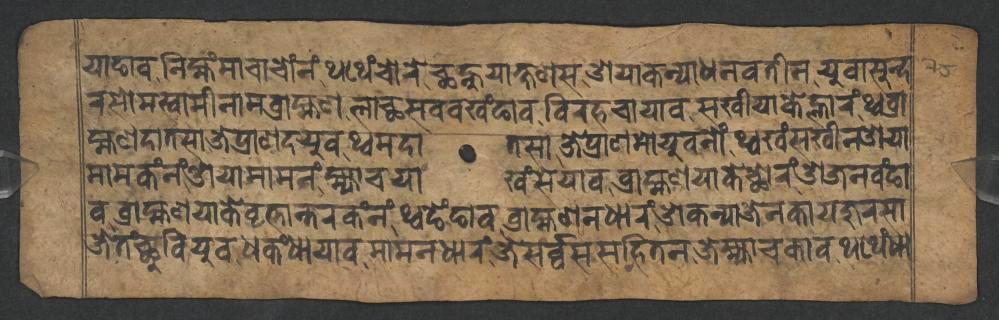
𑐫𑐵𑐒𑐵𑐰𑐣𑐶𑐩𑑂𑐴𑑄𑐩𑐵𑐔𑐵𑐔𑑀𑑄𑐣𑑄𑐠𑐠𑐾𑑄𑐔𑑀𑐬𑐾𑐕𑐣𑑂𑐴𑐸𑐫𑐵𑐎𑑂𑐲𑐞𑐳𑐌𑐫𑐵𑐎𑐣𑑂𑐫𑐵𑐢𑐣𑐰𑐟𑐷𑐣𑐫𑐸𑐰𑐵𑐳𑐸𑐣𑑂𑐡 𑐬𑐳𑑀𑐩𑐳𑑂𑐰𑐵𑐩𑐷𑐣𑐵𑐩𑐧𑑂𑐬𑐵𑐴𑑂𑐩𑐞𑐮𑐵𑐕𑐳𑐰𑐰𑐏𑑄𑐒𑐵𑐰𑐰𑐶𑐬𑐴𑐔𑐵𑐫𑐵𑐰𑐳𑐏𑐷𑐫𑐵𑐎𑐾𑐮𑑂𑐴𑐵𑐬𑑄𑐠𑑂𑐰𑐧𑑂𑐬𑐵 𑐴𑑂𑐩𑐞𑐡𑐵𑐟𑐳𑐵𑐖𑐾𑐥𑑂𑐬𑐵𑐞𑐡𑐫𑐸𑐰𑐠𑑂𑐰𑐩𑐡𑐵𑐟𑐳𑐵𑐖𑐾𑐥𑑂𑐬𑐵𑐞𑐩𑑀𑐫𑐸𑐰𑐣𑑀𑑄𑐠𑑂𑐰𑐏𑑄𑐳𑐏𑐷𑐣𑐌𑐫𑐵 𑐰𑐧𑑂𑐬𑐵𑐴𑑂𑐩𑐞𑐫𑐵𑐎𑐾𑐰𑐺𑐟𑑂𑐟𑐵𑐣𑑂𑐟𑐬𑐎𑑄𑐣𑑄𑐠𑑂𑐰𑐒𑐾𑑄𑐒𑐵𑐰𑐧𑑂𑐬𑐵𑐴𑑂𑐩𑐞𑐣𑐢𑐵𑐬𑑄𑐌𑐎𑐣𑑂𑐫𑐵𑐖𑐾𑐣𑐎𑐵𑐫𑐖𑐸𑐬𑐳𑐵 𑐩𑐵𑐩𑐎𑑄𑐣𑑄𑐌𑐫𑐵𑐩𑐵𑐩𑐣𑑄𑐩𑑂𑐴𑑂𑐫𑐵𑐔𑐫𑐵𑐏𑑄𑐳𑐾𑐫𑐵𑐰𑐧𑑂𑐬𑐵𑐴𑑂𑐩𑐞𑐫𑐵𑐎𑐾𑐕𑑀𑐬𑑄𑐌𑐖𑐣𑐰𑑄𑐒𑐵 𑐖𑐾𑐟𑑄𑐕𑐸𑐧𑐶𑐫𑐸𑐰𑐢𑐎𑑄𑐢𑐵𑐫𑐵𑐰𑐩𑐵𑐩𑐣𑐢𑐵𑐬𑑄𑐖𑐾𑐳𑐬𑑂𑐰𑑂𑐰𑐳𑐳𑐴𑐶𑐟𑐣𑐖𑐾𑐩𑑂𑐴𑑂𑐫𑐵𑐔𑐎𑐵𑐰𑐠𑐠𑐾𑑄𑐢𑐵